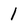
Character: 1